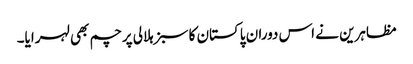
مظاہرین نے اس دوران پاکستان کا سبز ہلالی پرچم بھی لہرایا۔